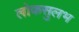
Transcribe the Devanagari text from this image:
लोकसुलभ